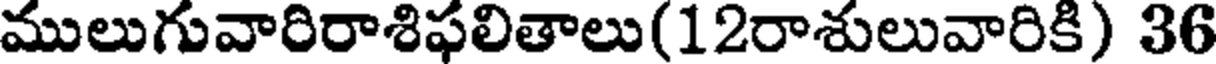
ములుగువారిరాశిఫలితాలు(12రాశులువారికి) 36